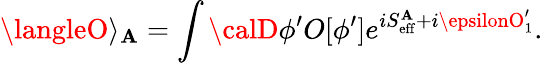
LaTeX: \langleO\rangle_{\mathbf{A}}=\int{\calD}\phi^{\prime}O[\phi^{\prime}]e^{iS_{\mathrm{{eff}}}^{\mathbf{A}}+i\epsilonO_{1}^{\prime}}.